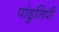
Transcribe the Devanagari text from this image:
पांडुलिपी